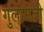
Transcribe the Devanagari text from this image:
गुलामजी